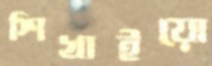
শিখাইয়ো